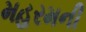
મહરમની